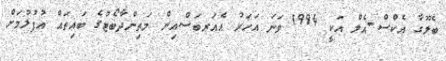
ބެލޫގާ އެކްސް-އެލް އަކީ 1994 ވަނަ އަހަރު އެއަރބަސްއިން މަތިންދާބޯޓުގެ ބައިތައް އުފުލުމަށް